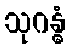
သုဂန္ဓံ